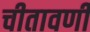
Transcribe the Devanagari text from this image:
चीतावणी